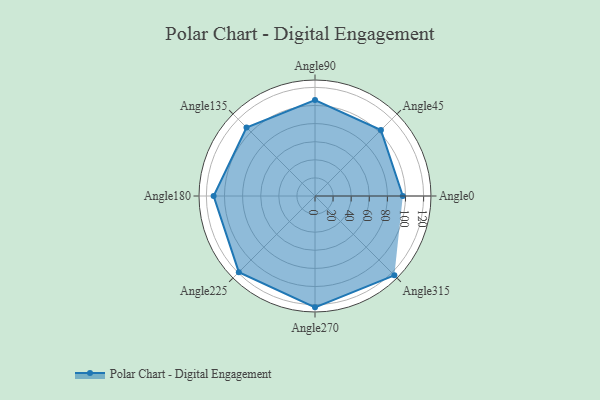
{"axis": {"x": "Angle", "y": "Radius"}, "legend": [""], "data": [{"x": "Angle0", "y": 97.0, "type": ""}, {"x": "Angle45", "y": 103.0, "type": ""}, {"x": "Angle90", "y": 106.0, "type": ""}, {"x": "Angle135", "y": 107.0, "type": ""}, {"x": "Angle180", "y": 112.0, "type": ""}, {"x": "Angle225", "y": 119.0, "type": ""}, {"x": "Angle270", "y": 123.0, "type": ""}, {"x": "Angle315", "y": 124.0, "type": ""}]}